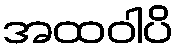
အထဝါပိ